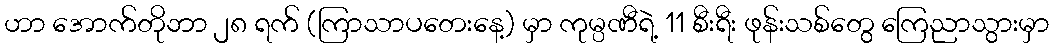
ဟာ အောက်တိုဘာ ၂၈ ရက် (ကြာသာပတေးနေ့) မှာ ကုမ္ပဏီရဲ့ 11 စီးရီး ဖုန်းသစ်တွေ ကြေညာသွားမှာ